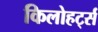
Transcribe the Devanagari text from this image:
किलोहर्ट्स